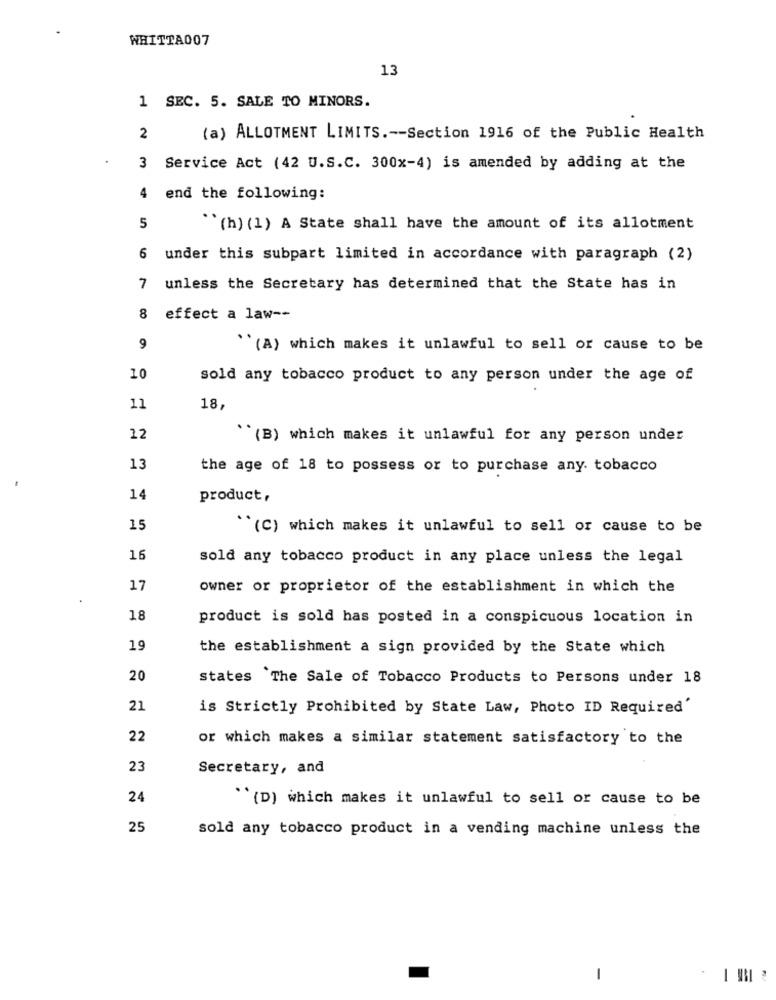
WHITTA007
13
1 SEC. 5. SALE TO MINORS.
2
(a) ALLOTMENT LIMITS .-- Section 1916 of the Public Health
3 Service Act (42 U.S.C. 300x-4) is amended by adding at the
4 end the following:
5
`(h) (1) A State shall have the amount of its allotment
6 under this subpart limited in accordance with paragraph (2)
unless the Secretary has determined that the State has in
effect a law --
9
(A) which makes it unlawful to sell or cause to be
10
sold any tobacco product to any person under the age of
11
18,
12
"(B) which makes it unlawful for any person under
13
the age of 18 to possess or to purchase any. tobacco
14
product,
15
"(C) which makes it unlawful to sell or cause to be
16
sold any tobacco product in any place unless the legal
17
owner or proprietor of the establishment in which the
18
product is sold has posted in a conspicuous location in
19
the establishment a sign provided by the State which
20
states The Sale of Tobacco Products to Persons under 18
21
is Strictly Prohibited by State Law, Photo ID Required'
22
or which makes a similar statement satisfactory to the
23
Secretary, and
24
``(D) which makes it unlawful to sell or cause to be
25
sold any tobacco product in a vending machine unless the
-
-